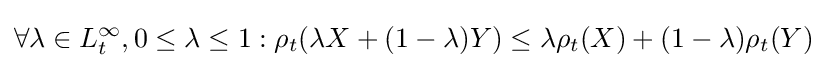
\forall \lambda \in L_{t}^{\infty },0\leq \lambda \leq 1:\rho _{t}(\lambda X+(1-\lambda )Y)\leq \lambda \rho _{t}(X)+(1-\lambda )\rho _{t}(Y)